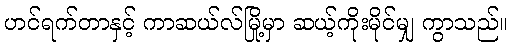
ဟင်ရက်တာနှင့် ကာဆယ်လ်မြို့မှာ ဆယ့်ကိုးမိုင်မျှ ကွာသည်။